Vabadussoja_Ajaloo_Komitee, lk 261
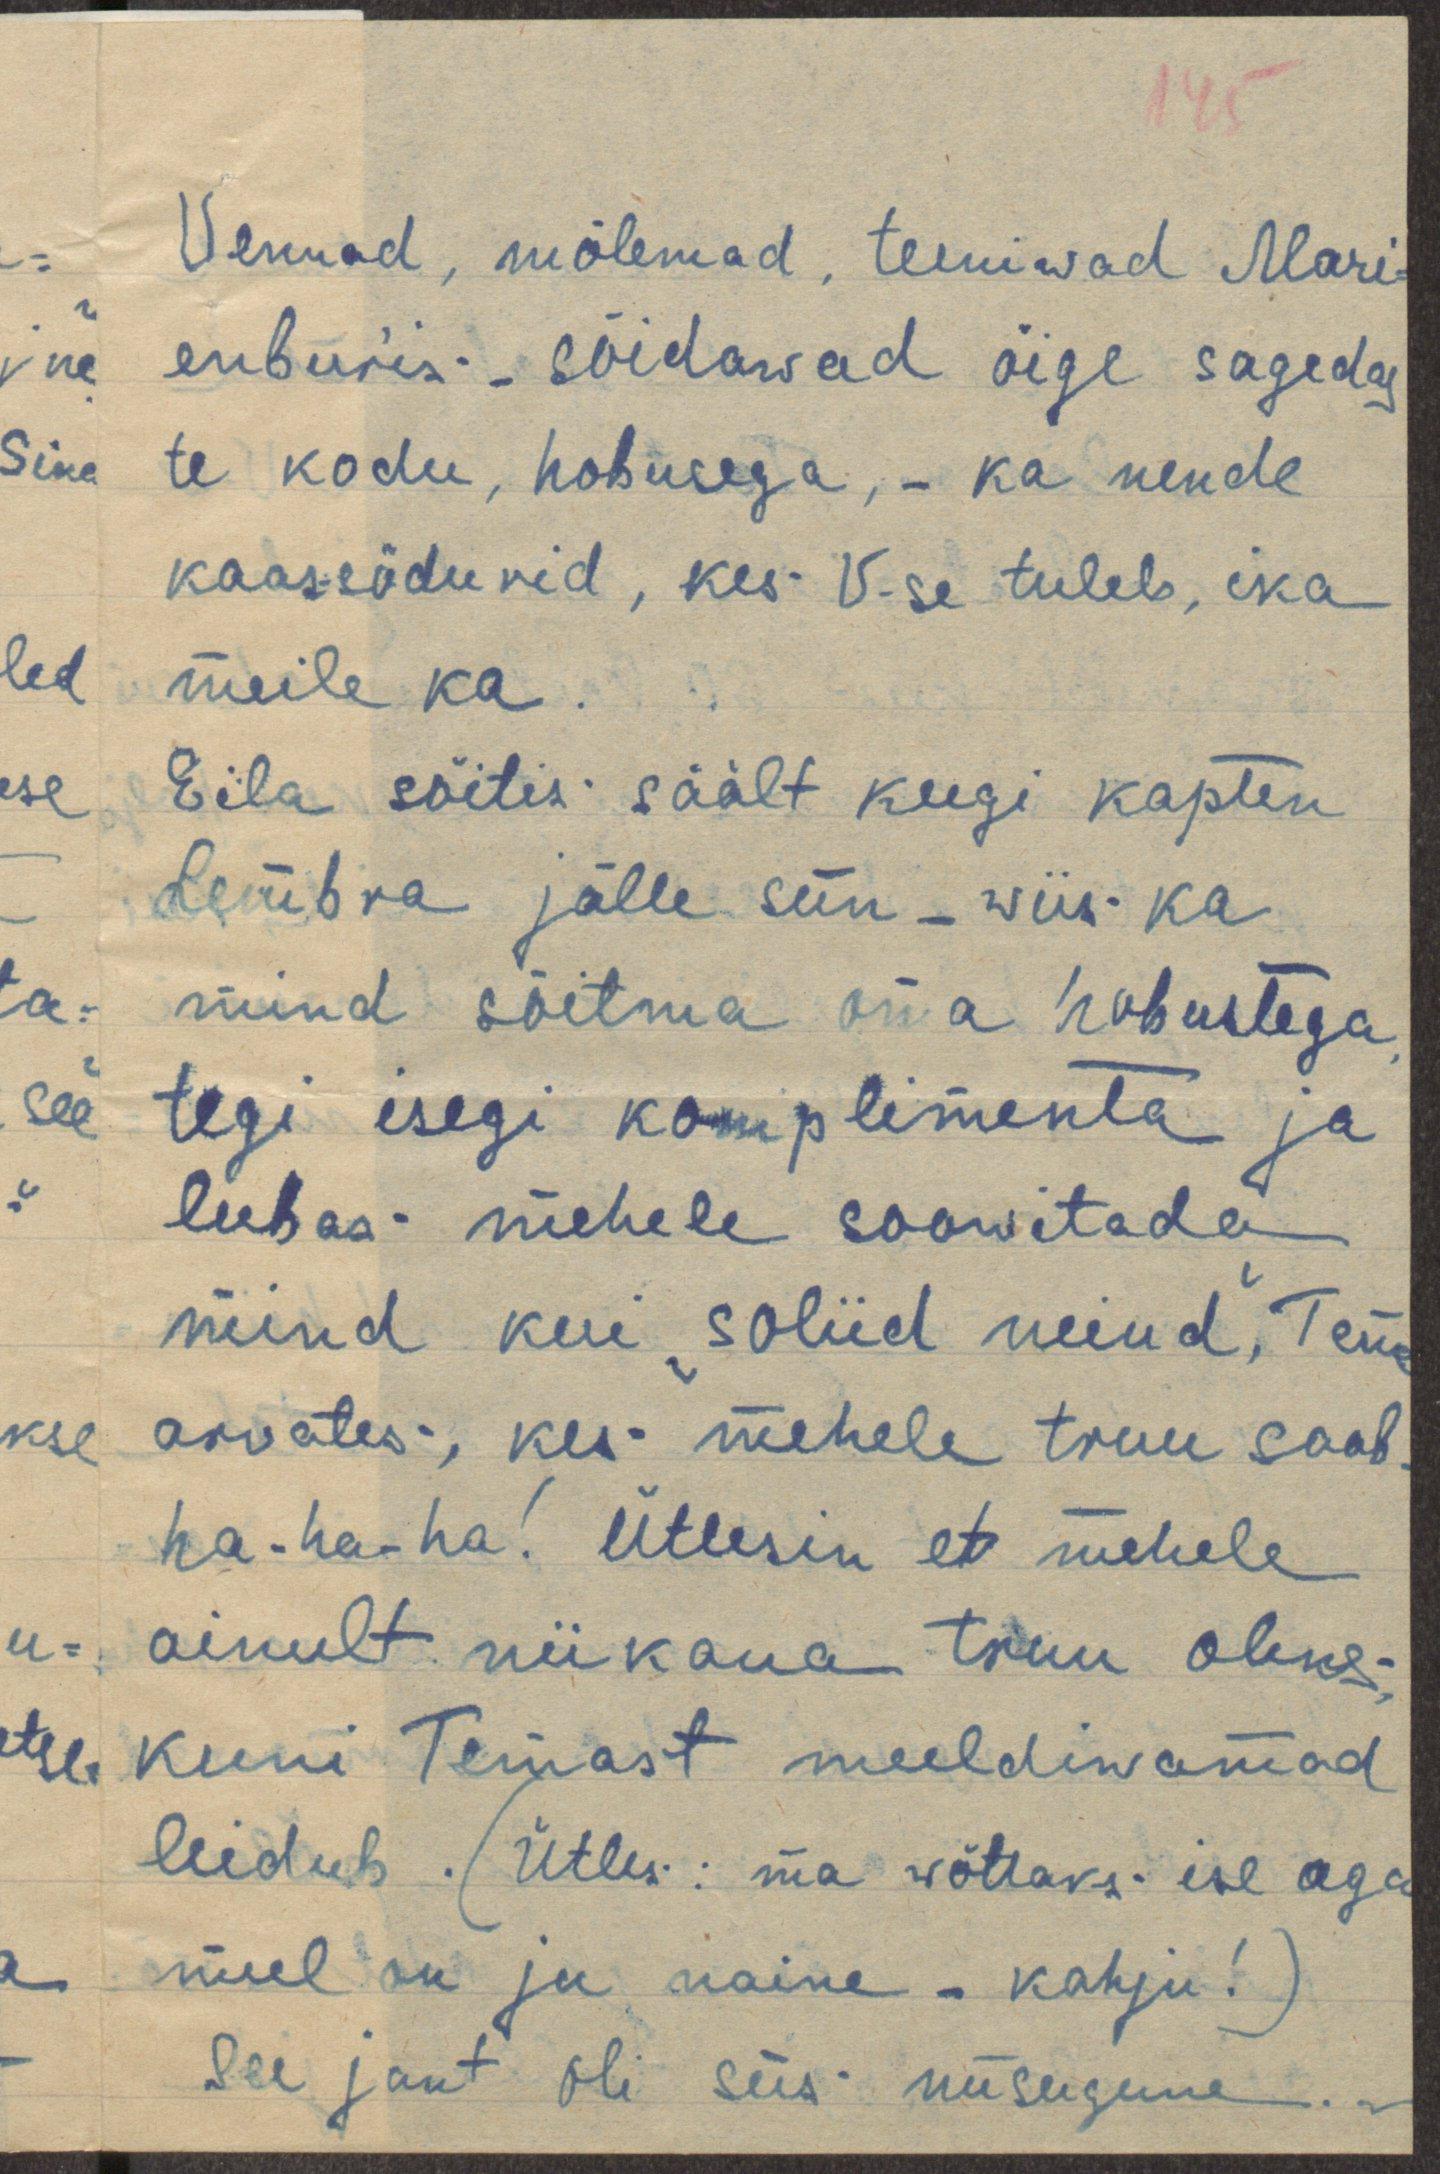
145
Vennad, mõlemad, teeniwad Mari-
enburis - sõidawad õige sagedas
te kodu, hobusega, - ka nende
kaassõdurid, kes V-se tuleb, ika
meile ka.
Eila sõitis säält keegi kapten
Lembra jälle siin - wiis ka
mind sõitma oma hobustega,
tegi isegi komplimenta ja
lubas mehele soowitada
mind kui "soliid neiud", Tema
arwates, kes mehele truu saab.
ha-ha-ha! Ütlesin et mehele
ainult nii kaua truu oleks,
kuni Temast meeldiwamad
leidub. (Ütles: ma wõttaks ise aga
mul on ju naine - kahju! )
See jant oli siis niisugune.